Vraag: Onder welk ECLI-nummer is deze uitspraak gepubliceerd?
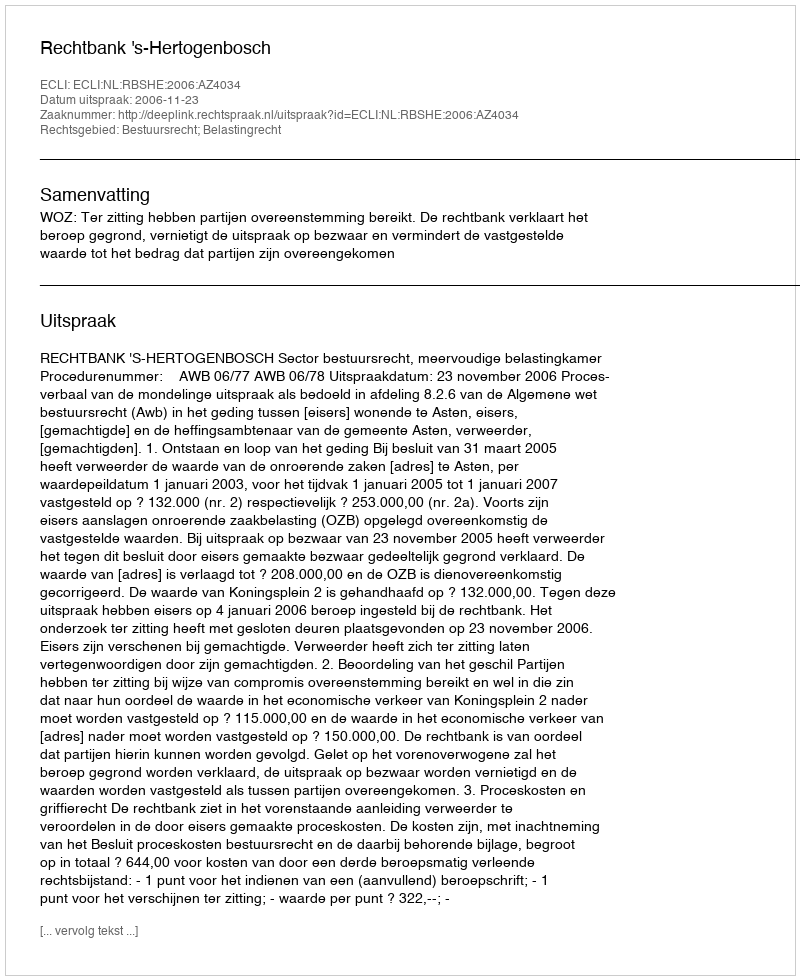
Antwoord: ECLI:NL:RBSHE:2006:AZ4034